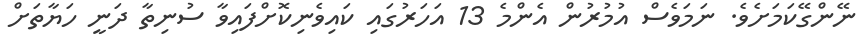
ނޭންގޭކަމަށެވެ. ނަމަވެސް އުމުރުން އެންމެ 13 އަހަރުގައި ކައިވެނިކޮށްފައިވާ ސުނިތާ ދަނީ ހަޔާތަށް